Indian journal of veterinary science and animal husbandry - Volume 11,
Year: 1941
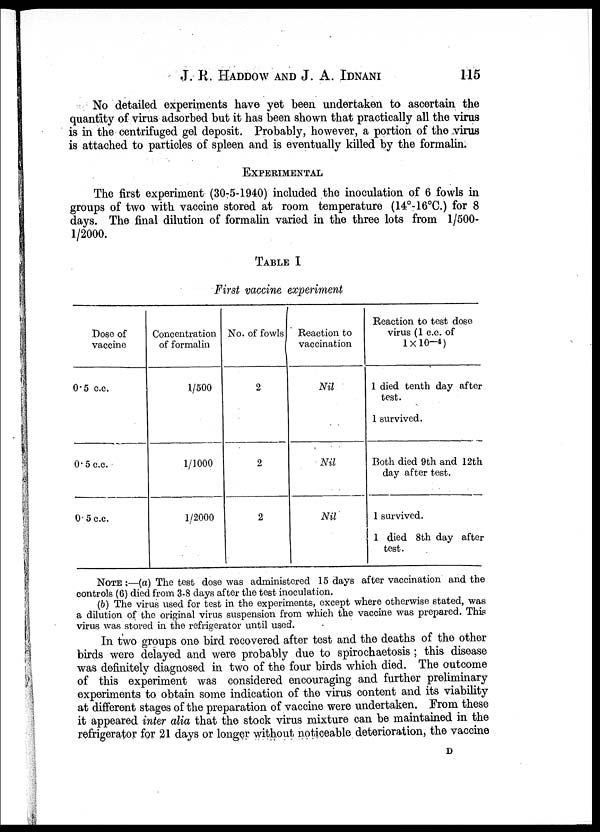
J. K. HADDOW AND J. A.
IDNANI
115
No detailed experiments have yet been undertaken to ascertain the
quantity of virus adsorbed but it has been shown that practically all the virus
is in the centrifuged gel deposit. Probably, however, a portion of the virus
is attached to particles of spleen and is eventually killed by the formalin.
EXPERIMENTAL
The first experiment (30-5-1940) included the inoculation of 6 fowls in
groups of two with vaccine stored at room temperature (14°-16°C.) for 8
days. The final dilution of formalin varied in the three lots from 1/500-
1/2000.
TABLE 1
First vaccine experiment
Dose of
vaccine
0.5 c.c.
0.5 c.c.
0.5 c.c.
Concentration
of formalin
1/500
1/1000
1/2000
No. of fowls
2
2
2
Reaction to
vaccination
Nil
Nil
Nil
Reaction to test dose
virus (1 c.c. of
1× 10 -4 )
1 died tenth day after
test.
1 survived.
Both died 9th and 12th
day after test.
1 survived.
1 died 8th day after
test.
NOTE ;—(a) The test dose was administered 15 days after vaccination and the
controls (6) died from 3-8 days after the test inoculation.
(b) The virus used for test in the experiments, except where otherwise stated, was
a dilution of the original virus suspension from which the vaccine was prepared. This
virus was stored in the refrigerator until used.
In two groups one bird recovered after test and the deaths of the other
birds were delayed and were probably due to spirochaetosis ; this disease
was definitely diagnosed in two of the four birds which died. The outcome
of this experiment was considered encouraging and further preliminary
experiments to obtain some indication of the virus content and its viability
at different stages of the preparation of vaccine were undertaken. From these
it appeared inter alia that the stock virus mixture can be maintained in the
refrigerator for 21 days or longer without noticeable deterioration, the vaccine
D